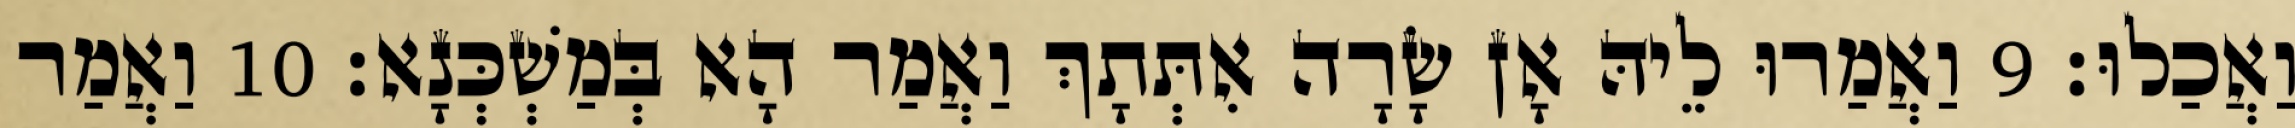
וַאֲכַלוּ׃ 9 וַאֲמַרוּ לֵיהּ אָן שָׂרָה אִתְּתָךְ וַאֲמַר הָא בְּמַשְׁכְּנָא׃ 10 וַאֲמַר